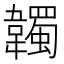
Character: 韣